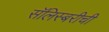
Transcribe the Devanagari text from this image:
सॅलिस्बरीची